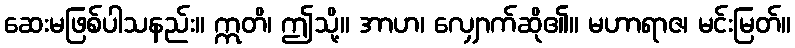
ဆေးမဖြစ်ပါသနည်း။ ဣတိ၊ ဤသို့။ အာဟ၊ လျှောက်ဆို၏။ မဟာရာဇ၊ မင်းမြတ်။